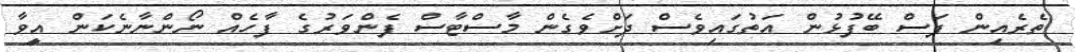
ތެރެއިން ފަސް ބޭފުޅުން އަތުގައިވެސް ދަށްވެގެން މާސްޓާސް ފެންވަރުގެ ފާހެެއް ނޯންނާނެކަން އީވާ